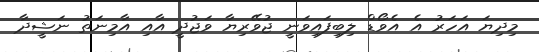
މިދިޔަ އަހަރު އެ އެވޯޑް ލިބިފައިވަނީ ޖުވޭރިޔާ ވަޖުދީ އާއި އާމިނަތު ނަޝީދާ